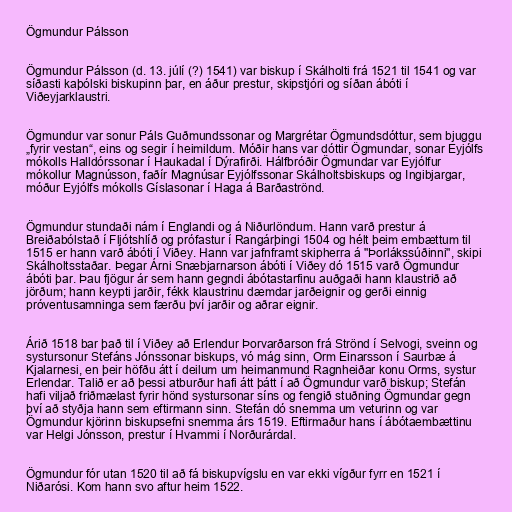
Ögmundur Pálsson

Ögmundur Pálsson (d. 13. júlí (?) 1541) var biskup í Skálholti frá 1521 til 1541 og var
síðasti kaþólski biskupinn þar, en áður prestur, skipstjóri og síðan ábóti í
Viðeyjarklaustri.

Ögmundur var sonur Páls Guðmundssonar og Margrétar Ögmundsdóttur, sem bjuggu
„fyrir vestan“, eins og segir í heimildum. Móðir hans var dóttir Ögmundar, sonar Eyjólfs
mókolls Halldórssonar í Haukadal í Dýrafirði. Hálfbróðir Ögmundar var Eyjólfur
mókollur Magnússon, faðír Magnúsar Eyjólfssonar Skálholtsbiskups og Ingibjargar,
móður Eyjólfs mókolls Gíslasonar í Haga á Barðaströnd.

Ögmundur stundaði nám í Englandi og á Niðurlöndum. Hann varð prestur á
Breiðabólstað í Fljótshlíð og prófastur í Rangárþingi 1504 og hélt þeim embættum til
1515 er hann varð ábóti í Viðey. Hann var jafnframt skipherra á "Þorlákssúðinni", skipi
Skálholtsstaðar. Þegar Árni Snæbjarnarson ábóti í Viðey dó 1515 varð Ögmundur
ábóti þar. Þau fjögur ár sem hann gegndi ábótastarfinu auðgaði hann klaustrið að
jörðum; hann keypti jarðir, fékk klaustrinu dæmdar jarðeignir og gerði einnig
próventusamninga sem færðu því jarðir og aðrar eignir.

Árið 1518 bar það til í Viðey að Erlendur Þorvarðarson frá Strönd í Selvogi, sveinn og
systursonur Stefáns Jónssonar biskups, vó mág sinn, Orm Einarsson í Saurbæ á
Kjalarnesi, en þeir höfðu átt í deilum um heimanmund Ragnheiðar konu Orms, systur
Erlendar. Talið er að þessi atburður hafi átt þátt í að Ögmundur varð biskup; Stefán
hafi viljað friðmælast fyrir hönd systursonar síns og fengið stuðning Ögmundar gegn
því að styðja hann sem eftirmann sinn. Stefán dó snemma um veturinn og var
Ögmundur kjörinn biskupsefni snemma árs 1519. Eftirmaður hans í ábótaembættinu
var Helgi Jónsson, prestur í Hvammi í Norðurárdal.

Ögmundur fór utan 1520 til að fá biskupvígslu en var ekki vígður fyrr en 1521 í
Niðarósi. Kom hann svo aftur heim 1522.